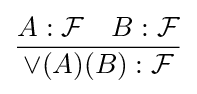
{\frac {A:{\mathcal {F}}\quad B:{\mathcal {F}}}{\vee (A)(B):{\mathcal {F}}}}